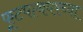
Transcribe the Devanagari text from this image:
फूटपाथवरच्या